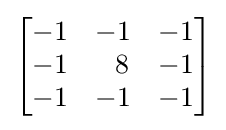
{\begin{bmatrix}-1&-1&-1\\-1&\ \ 8&-1\\-1&-1&-1\end{bmatrix}}